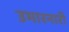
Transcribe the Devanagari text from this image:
उभारनारी